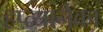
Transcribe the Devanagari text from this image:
हप्त्यानेका